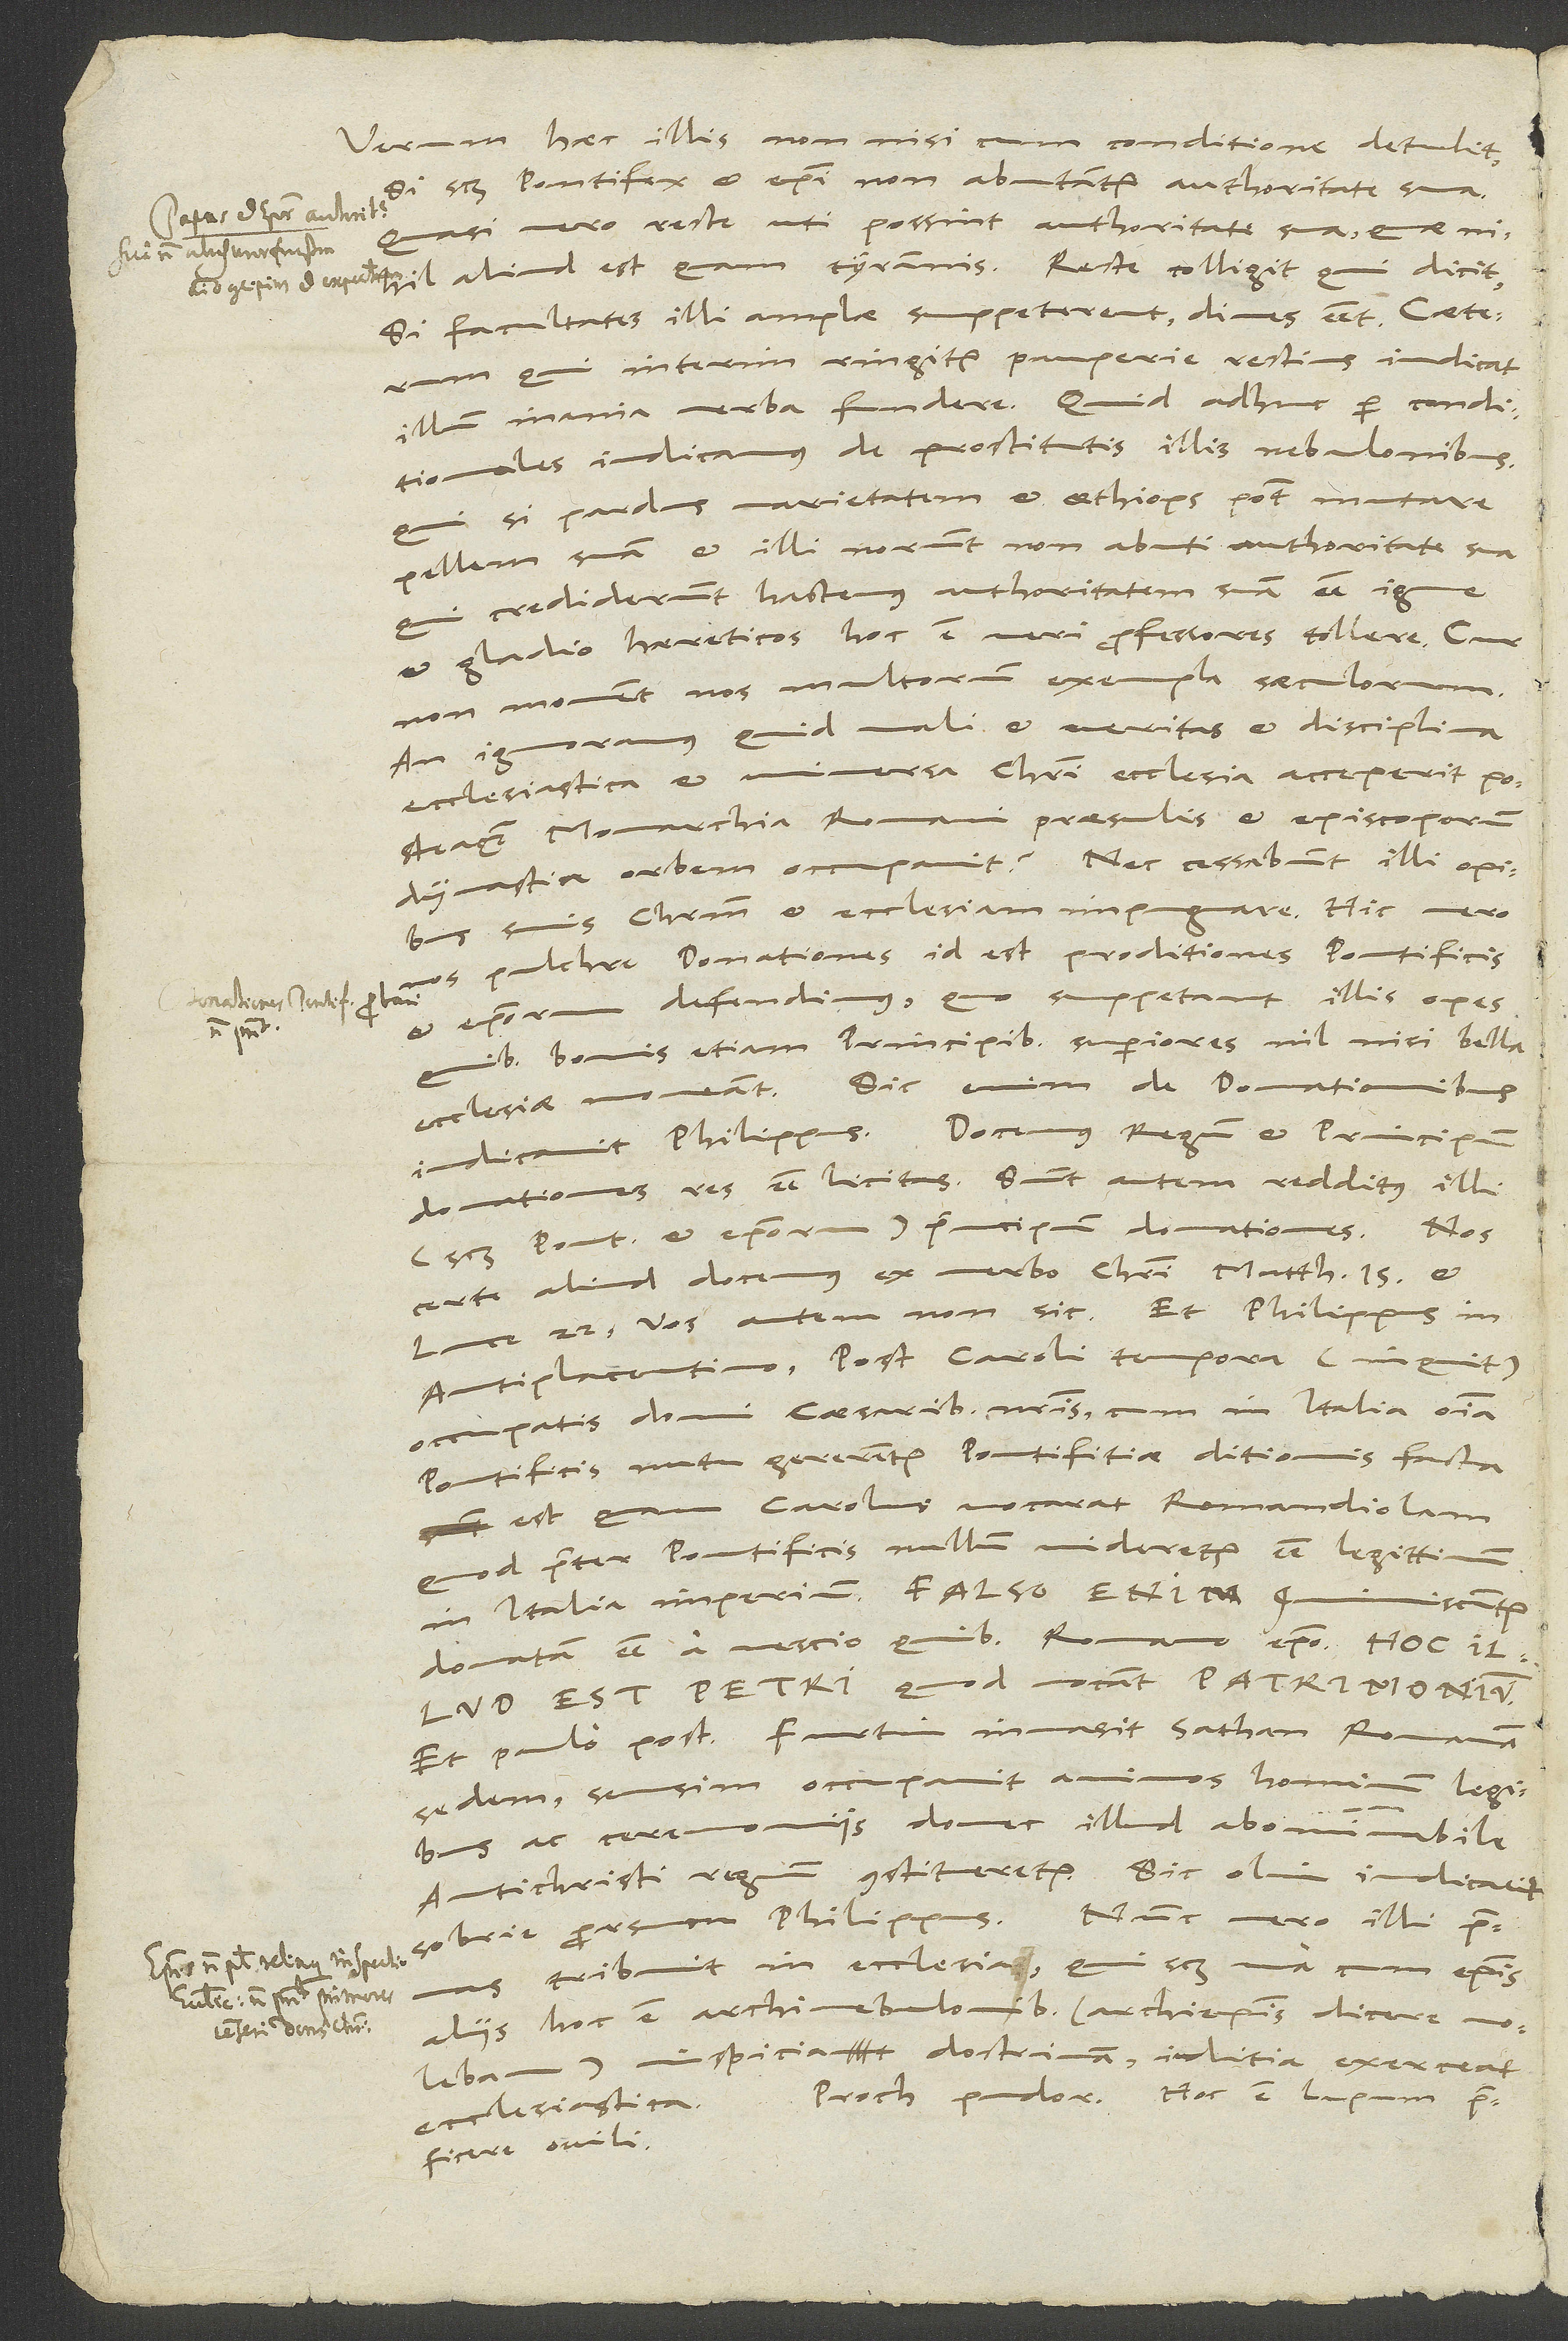
Verum haec illis non nisi cum conditione detulit,
si scilicet pontifex et episcopi non abutantur authoritate sua.
Quasi vero recte uti possint authoritate sua, quae
nihil aliud est quam tyrannis. Recte colligit, qui dicit:
Si facultates illi amplae suppeterent, dives esset. Caeterum,
qui interim ringitur pauperie, rectius judicat
illum inania verba fundere. Quid adhuc per conditionales
iudicamus de prostitutis illis nebulonibus,
qui, si pardus varietatem et Aethiops potest mutare
pellem suam, et illi norunt non abuti authoritate sua,
qui crediderunt hactenus authoritatem suam esse igne
et gladio haereticos, hoc est veri professores, tollere. Cur
non movent nos multorum exempla saeculorum?
An ignoramus, quid mali et veritas et disciplina
ecclesiastica et universa Christi ecclesia acceperit, posteaquam
monarchia Romani praesulis et episcoporum
dynastia orbem occupavit? Nec cessabunt illi opibus
suis Christum et ecclesiam impugnare. Hic vero
nos pulchre donationes, id est proditiones pontificis
et episcoporum, defendimus, quo suppetant illis opes,
quibus bonis etiam principibus superiores nil nisi bella
ecclesiae moveant. Sic enim de donationibus
iudicavit Philippus: "Docemus regum et principum
donationes res esse licitas. Sunt autem redditus illi"
pontificis et episcoporum) "principum donationes." Nos
certe aliud docemus ex verbo Christi Matth. 15:
Antiplacentino: "PostCaroli tempora", inquit,
"occupatis domi caesaribus nostris, cum in Italia omnia
pontificis nutu gererentur, pontifitiae ditionis facta
est, quam Carolus vocarat Romandiolam,
quod praeter pontificis nullum videretur esse legittimum
in Italia imperium. Falso enim comminiscuntur
donatam esse a nescio quibus Romano episcopo. Hoc illud
est Petri, quod vocant,
Et paulo post: "Furtim invasit sathan Romanam
sedem, sensim occupavit animos hominum legibus
ac ceremoniis, donec illud abominabile
antichristi regnum constitueretur." Sic olim iudicavit
sobrie prorsum Philippus. Nunc vero illi primas
tribuit in ecclesia, qui scilicet una cum episcopis
aliis, hoc est archinebulonibus (archiepiscopis dicere volebam)
inspiciat doctrinam, iuditia exerceat
Proch pudor! Hoc est lupum
praeficere ovili.